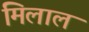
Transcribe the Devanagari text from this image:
मिलाल